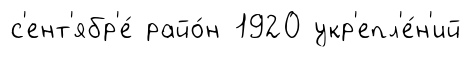
с'ент'ябр'е́ райо́н 1920 укр'епл'е́н'ий